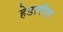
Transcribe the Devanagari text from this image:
हेडलीहा